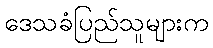
ဒေသခံပြည်သူများက